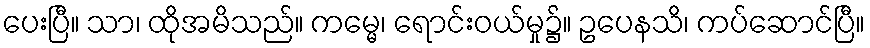
ပေးပြီ။ သာ၊ ထိုအမိသည်။ ကမ္မေ၊ ရောင်းဝယ်မှု၌။ ဥပေနသိ၊ ကပ်ဆောင်ပြီ။